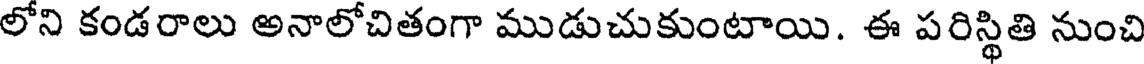
లోని కండరాలు అనాలోచితంగా ముడుచుకుంటాయి. ఈ పరిస్థితి నుంచి